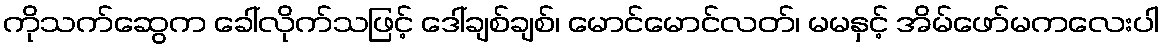
ကိုသက်ဆွေက ခေါ်လိုက်သဖြင့် ဒေါ်ချစ်ချစ်၊ မောင်မောင်လတ်၊ မမနှင့် အိမ်ဖော်မကလေးပါ